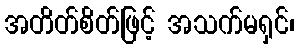
အတိတ်စိတ်ဖြင့် အသက်မရှင်၊